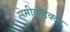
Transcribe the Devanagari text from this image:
सेमीकंडक्‍टर